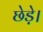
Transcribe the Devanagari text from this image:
छेड़े।